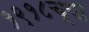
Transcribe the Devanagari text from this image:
१९१८च्या